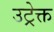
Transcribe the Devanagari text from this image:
उट्रेक्त